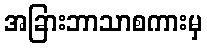
အခြားဘာသာစကားမှ